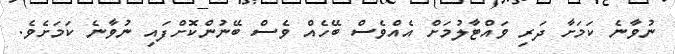
ނުވާނެ ކަމަށާ ދަރި ވައްޓާލުމަށް އެއްވެސް ބޭހެއް ވެސް ބޭނުންކޮށްފައި ނުވާނެ ކަމަށެވެ.